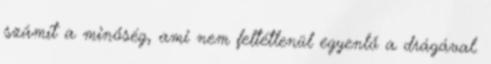
számít a minőség, ami nem feltétlenül egyenlő a drágával.